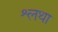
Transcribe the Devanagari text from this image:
श्लथा